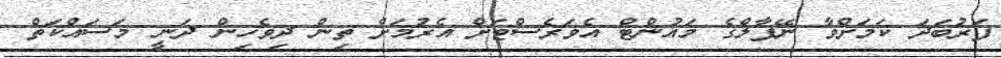
ފަރުބަދަ ކަމަށްވާ ނޭޕާލްގެ މައުންޓް އެވަރެސްޓަށް އެރުމަށް ތިން ދިވެހިން ދަނީ މަސައްކަތް